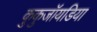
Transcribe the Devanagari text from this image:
कुकुजॉयडिया